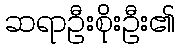
ဆရာဦးစိုးဦး၏